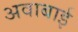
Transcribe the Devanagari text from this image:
अवाबाई